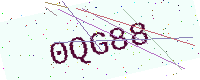
Text: 0QG88